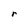
Character: r